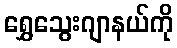
ရွှေသွေးဂျာနယ်ကို